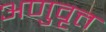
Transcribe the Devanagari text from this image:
अणुवृत्त